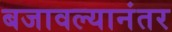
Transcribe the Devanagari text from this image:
बजावल्यानंतर